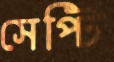
সেপ্টি